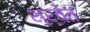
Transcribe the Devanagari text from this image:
श्र्वेत